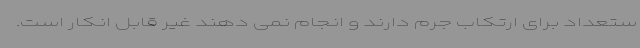
ستعداد برای ارتکاب جرم دارند و انجام نمی دهند غیر قابل انکار است.